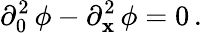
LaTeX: \partial_{0}^{2}\, \phi-\partial_{\mathbf{x}}^{2}\, \phi=0\, .